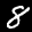
Label: 8